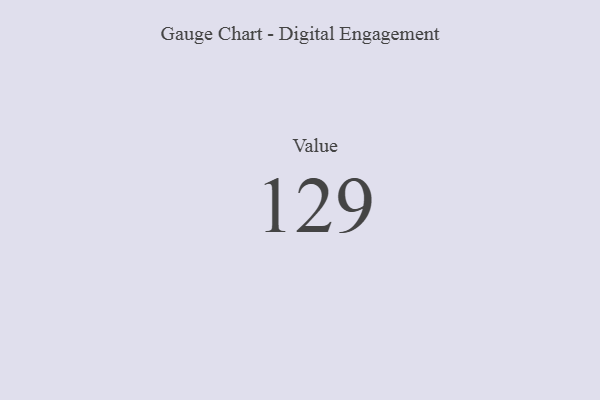
{"axis": {"x": "Metric", "y": "Value"}, "legend": [""], "data": [{"x": "Value", "y": 129, "type": ""}]}